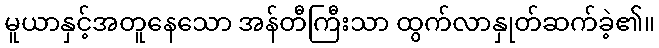
မူယာနှင့်အတူနေသော အန်တီကြီးသာ ထွက်လာနှုတ်ဆက်ခဲ့၏။